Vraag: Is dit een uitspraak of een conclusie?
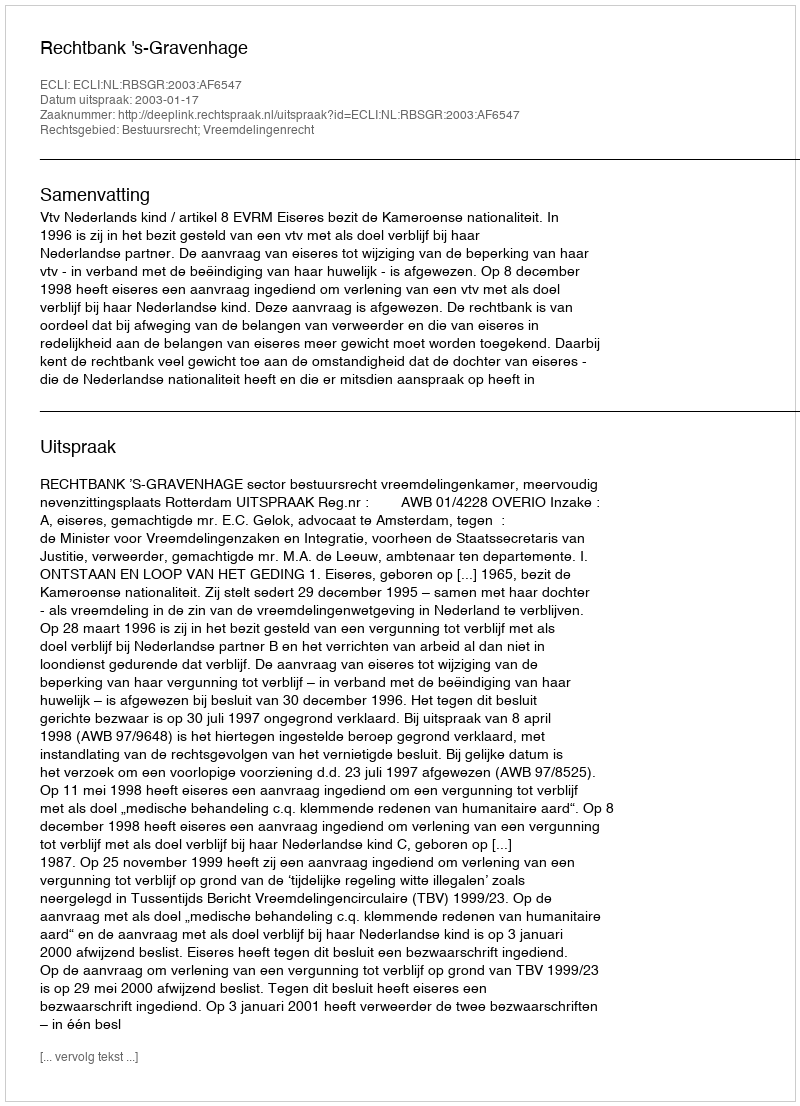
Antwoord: Uitspraak